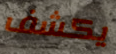
يكشف